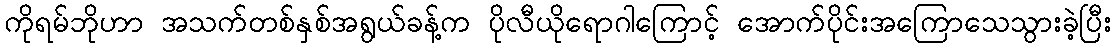
ကိုရမ်ဘိုဟာ အသက်တစ်နှစ်အရွယ်ခန့်က ပိုလီယိုရောဂါကြောင့် အောက်ပိုင်းအကြောသေသွားခဲ့ပြီး